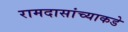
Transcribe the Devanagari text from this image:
रामदासांच्याकडे